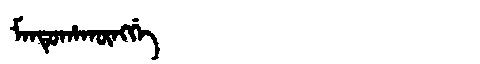
Manchu: ᠮᠠᠨᡨᡠᡥᠠᡴᡡᠩᡤᡝ
Romanization: MANTUHAKŪNGGE